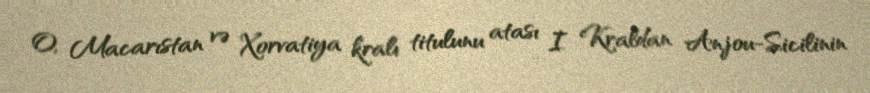
O, Macarıstan və Xorvatiya kralı titulunu atası I Kraldan Anjou-Sicilinin